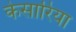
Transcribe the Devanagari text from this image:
केसारिया